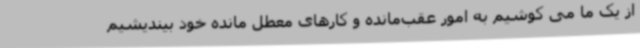
از یک ما می کوشیم به امور عقب‌مانده و کارهای معطل مانده خود بیندیشیم